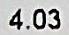
4.03